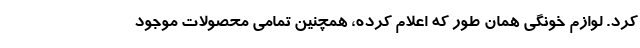
کرد. لوازم خونگی همان طور که اعلام کرده، همچنین تمامی محصولات موجود